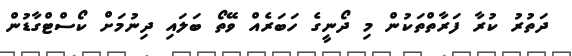
ދަތުރު ކުރާ ފަރާތްތަކުން މި ދޯނީގެ ހަބަރެއް ވޭތޯ ބަލައި ދިނުމަށް ކޯސްޓްގާޑުން